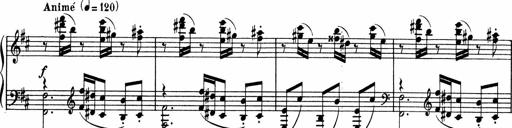
Title: Sonatine pour piano
Composer: Albert Roussel